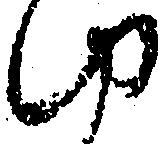
ゆ